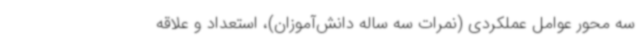
سه محور عوامل عملکردی (نمرات سه ساله دانش‌آموزان)، استعداد و علاقه